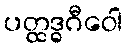
ပတ္ထဒ္ဓဂီဝေါ